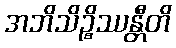
အဘိသိဉ္စိဿန္တီတိ